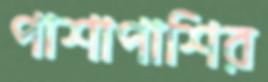
পাশাপাশির